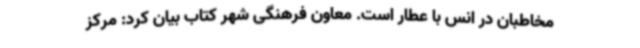
مخاطبان در انس با عطار است. معاون فرهنگی شهر کتاب بیان کرد: مرکز